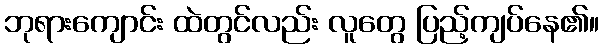
ဘုရားကျောင်း ထဲတွင်လည်း လူတွေ ပြည့်ကျပ်နေ၏။